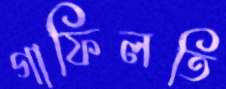
গাফিলতি